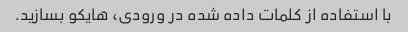
با استفاده از کلمات داده شده در ورودی، هایکو بسازید.